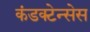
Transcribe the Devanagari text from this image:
कंडक्टेन्सेस